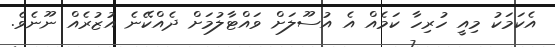
އެކަމަކު މިއީ ހުރިހާ ކަމެއް އެ އުސޫލަށް ވައްޓާލުމަށް ދެއްކޭނެ އުޒުރެއް ނޫނެވެ.